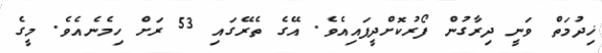
ޚިދުމަތް ވަނީ ދިރާގުން ފޯރުކޮށްދީފައިއެވެ. އޭގެ ތެރޭގައި 53 ރަށް ހިމެނެއެވެ. މީގެ